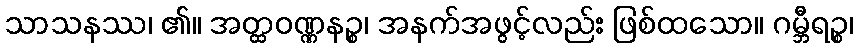
သာသနဿ၊ ၏။ အတ္ထဝဏ္ဏနဉ္စ၊ အနက်အဖွင့်လည်း ဖြစ်ထသော။ ဂမ္ဘီရဉ္စ၊